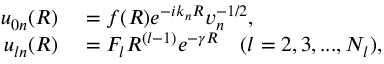
\begin{array} { r l } { u _ { 0 n } ( R ) } & { { } = f ( R ) e ^ { - i k _ { n } R } v _ { n } ^ { - 1 / 2 } , } \\ { u _ { l n } ( R ) } & { { } = F _ { l } R ^ { ( l - 1 ) } e ^ { - \gamma R } \quad ( l = 2 , 3 , . . . , N _ { l } ) , } \end{array}